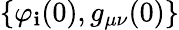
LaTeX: \{ \varphi_{\mathbf{i}}(0),g_{\mu\nu}(0)\}